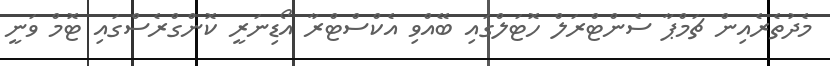
މެދުތެރެއިން ޗަމްޕާ ސެންޓްރަލް ހޮޓަލްގައި ބޭއްވި އެކްސްޓްރާ އޯޑިނަރީ ކޮންގްރެސްގައި ޓޮމް ވަނީ